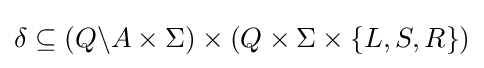
\delta \subseteq \left(Q\backslash A\times \Sigma \right)\times \left(Q\times \Sigma \times \{L,S,R\}\right)